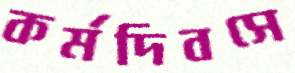
কর্মদিবসে